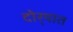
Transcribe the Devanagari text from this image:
दोर्‍यात